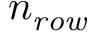
n _ { \mathit { r o w } }